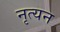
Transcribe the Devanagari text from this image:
नृत्यन